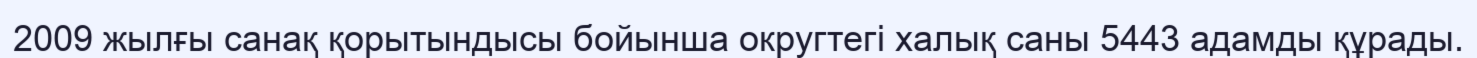
2009 жылғы санақ қорытындысы бойынша округтегі халық саны 5443 адамды құрады.